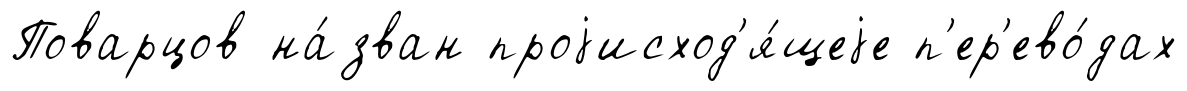
Поварцов на́зван проjисход'я́щеjе п'ер'ево́дах